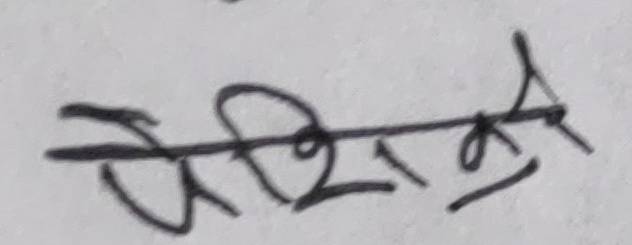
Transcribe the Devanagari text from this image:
पेशीकृत